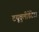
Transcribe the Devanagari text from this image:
टयूबुलीडेंटेटा